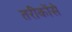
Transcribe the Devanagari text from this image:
तरीकोंसे